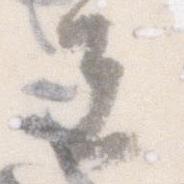
夫